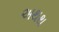
અથથ